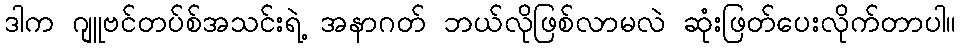
ဒါက ဂျူဗင်တပ်စ်အသင်းရဲ့ အနာဂတ် ဘယ်လိုဖြစ်လာမလဲ ဆုံးဖြတ်ပေးလိုက်တာပါ။